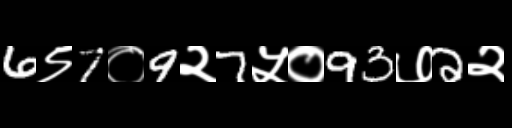
Text: 6९7०9२7५०93७2२